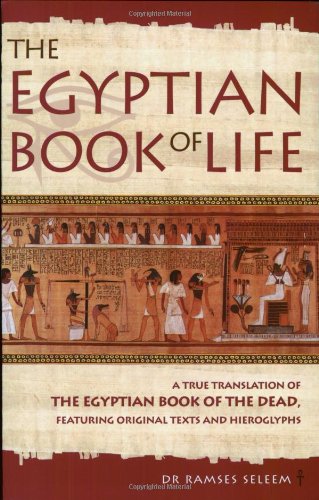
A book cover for The Egyptian Book of Life: A True Translation of the Egyptian Book of the Dead, Featuring Original Texts and Hieroglyphs; Ramses Seleem; Religion & Spirituality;